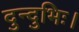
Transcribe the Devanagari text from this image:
दुन्दुभिः।